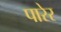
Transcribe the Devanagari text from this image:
पारेर